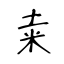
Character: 𥸮